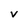
Character: V